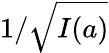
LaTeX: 1/\sqrt{I(a)}